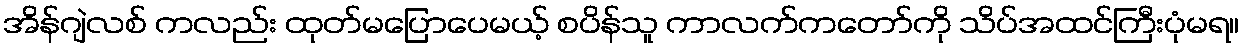
အိန်ဂျဲလစ် ကလည်း ထုတ်မပြောပေမယ့် စပိန်သူ ကာလက်ကတော်ကို သိပ်အထင်ကြီးပုံမရ။